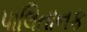
પાલિતાનક